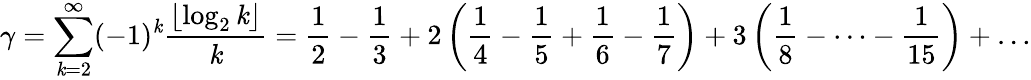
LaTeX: \gamma=\sum_{\mathit{k}=2}^{\infty}(-1)^{\mathit{k}}{\frac{{\left\lfloor\log_{2}\mathit{k}\right\rfloor}}{{\mathit{k}}}}={\frac{{1}}{{2}}}-{\frac{{1}}{{3}}}+2\left({\frac{{1}}{{4}}}-{\frac{{1}}{{5}}}+{\frac{{1}}{{6}}}-{\frac{{1}}{{7}}}\right)+3\left({\frac{{1}}{{8}}}-\cdots-{\frac{{1}}{{15}}}\right)+\dots